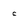
Character: c